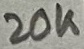
Text: 20K